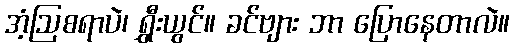
အံ့ဩစရာပဲ၊ ရွှီးယွင်။ ခင်ဗျား ဘာ ပြောနေတာလဲ။